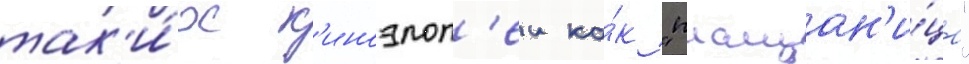
так'и́х к'иноэпоп'еи ка́к "плащан'и́ца"